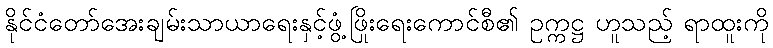
နိုင်ငံတော်အေးချမ်းသာယာရေးနှင့်ဖွံ့ဖြိုးရေးကောင်စီ၏ ဥက္ကဋ္ဌ ဟူသည့် ရာထူးကို